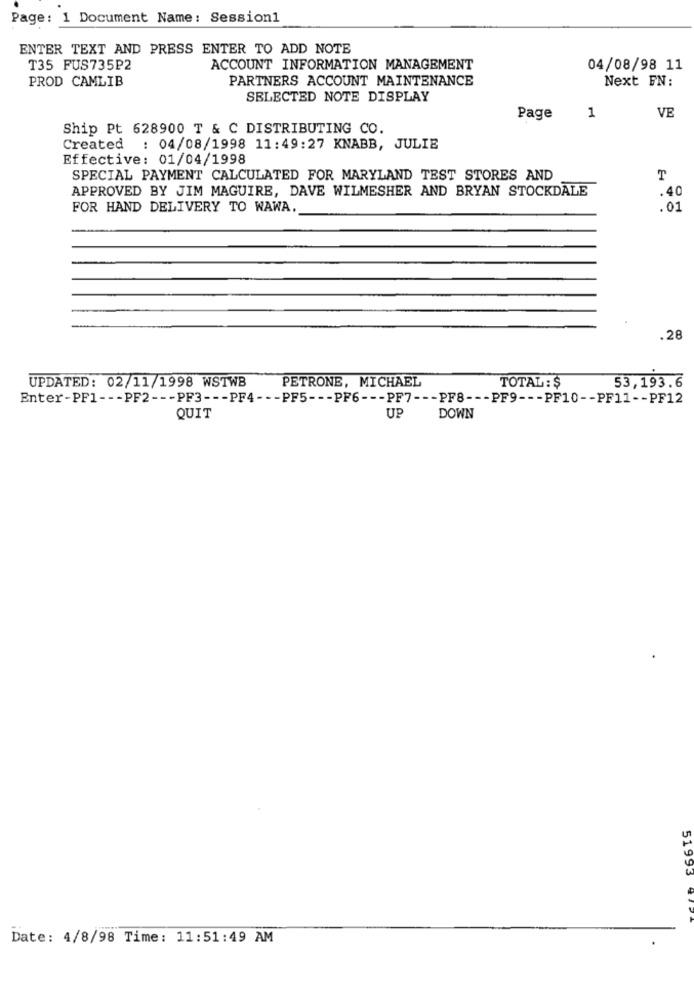
Page: 1 Document Name: Session1
ENTER TEXT AND PRESS ENTER TO ADD NOTE
T35 FUS735P2
ACCOUNT INFORMATION MANAGEMENT
04/08/98 11
PROD CAMLIB
PARTNERS ACCOUNT MAINTENANCE
Next FN:
SELECTED NOTE DISPLAY
VE
Page
1
Ship Pt 628900 T & C DISTRIBUTING CO.
Created : 04/08/1998 11:49:27 KNABB, JULIE
Effective: 01/04/1998
SPECIAL PAYMENT CALCULATED FOR MARYLAND TEST STORES AND
APPROVED BY JIM MAGUIRE, DAVE WILMESHER AND BRYAN STOCKDALE
.40
FOR HAND DELIVERY TO WAWA.
.01
.28
PETRONE, MICHAEL
UPDATED: 02/11/1998 WSTWB
TOTAL : $
53,193.6
Enter-PF1 --- PF2 --- PF3 --- PF4 --- PF5 --- PF6 --- PF7 --- PF8 --- PF9 --- PF10 -- PF11 -- PF12
UP
QUIT
DOWN
51993
Date: 4/8/98 Time: 11:51:49 AM